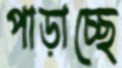
পাড়াচ্ছে